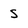
Character: s